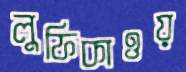
লুফিকাওয়